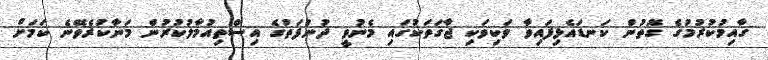
ގާއިމުކުރުމުގެ ގޮތުން ކަނޑައެޅިފައިވާ ވަކިވަކި ޖާގަތަކުގައި މެނުވީ ދުންފަތުގެ އިސްތިއުމާލުކުރުން މަނާކުރެވޭނެ ކަަމަށް